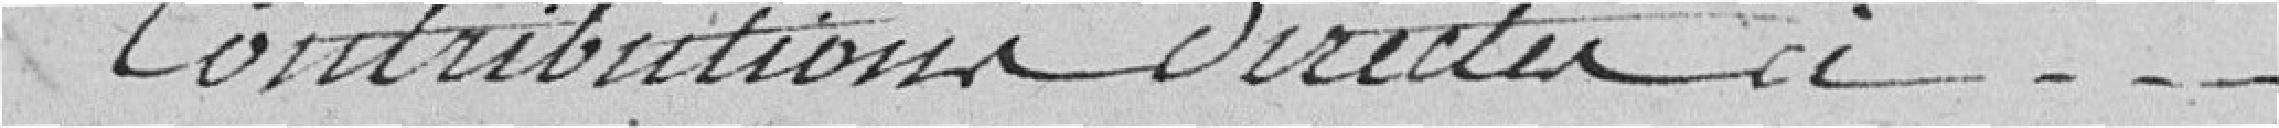
Contributions directes à